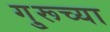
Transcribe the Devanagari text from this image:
गु्रूच्या